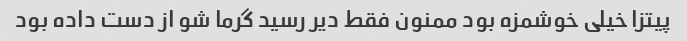
پیتزا خیلی خوشمزه بود ممنون فقط دیر رسید گرما شو از دست داده بود